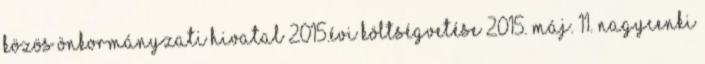
Közös Önkormányzati Hivatal 2015.évi költségvetése 2015. máj. 11. Nagycenki